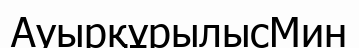
АуырқұрылысМин